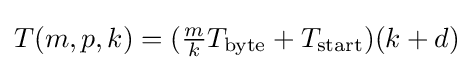
{\textstyle T(m,p,k)=({\frac {m}{k}}T_{\text{byte}}+T_{\text{start}})(k+d)}